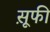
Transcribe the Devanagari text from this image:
स़ूफी